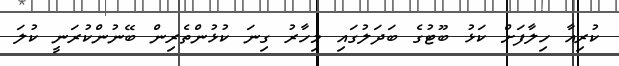
ކުރިއާ ހިލާފަށް ކަޅު ބޫޓުގެ ބަދަލުގައި މިހާރު ގިނަ ކުޅުންތެރިން ބޭނުންކުރަނީ ކުލަ